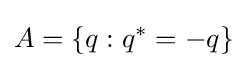
A=\lbrace q:q^{*}=-q\rbrace